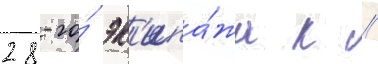
28-го́ эк'ипа́жа к //